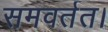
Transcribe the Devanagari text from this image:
समवर्तत।